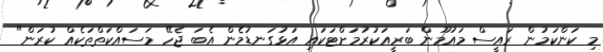
މި ކަންކަމުން ރައީސް މައުމޫން ބަރީއަކުރުމަށްޓަކައި އަޅުގަނޑުމެން އެބަ ޖެހޭ މަސައްކަތްތަކެއް ކުރަން"